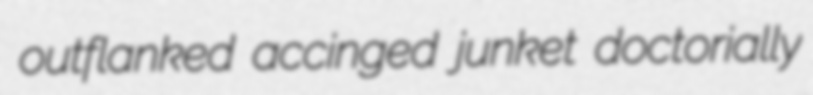
outflanked accinged junket doctorially